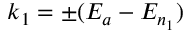
k _ { 1 } = \pm ( E _ { a } - E _ { n _ { 1 } } )